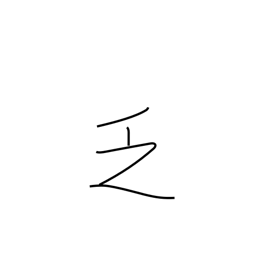
Meaning: scarce